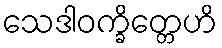
သေဒါဝက္ခိတ္တေဟိ